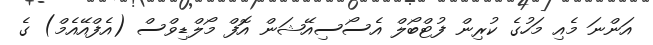
އަންނަ މެއި މަހުގެ ކުރިން ފުޓްބޯލް އެސޯސިއޭޝަން އޮފް މޯލްޑިވްސް (އެފްއޭއެމް) ގެ